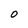
Character: 0